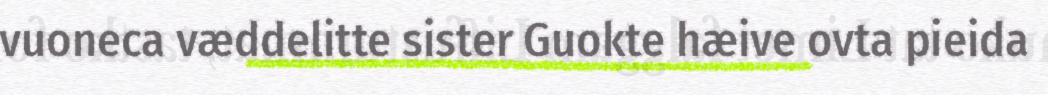
vuoneca væddelitte sister Guokte hæive ovta pieida